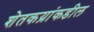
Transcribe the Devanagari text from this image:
शेतकय्रांकडील